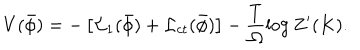
V ( \bar { \phi } ) = - \left[ { \cal L } _ { 1 } ( \bar { \phi } ) + { \cal L } _ { c t } ( \bar { \phi } ) \right] - \frac { T } { \Omega } \log Z ^ { \prime } ( K ) .